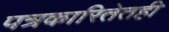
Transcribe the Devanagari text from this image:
पत्रकारितेतही